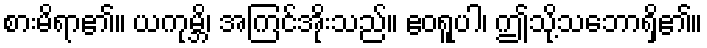
စားမိရာ၏။ ယကုမ္ဘိ၊ အကြင်အိုးသည်။ ဧဝရူပါ၊ ဤသို့သဘောရှိ၏။